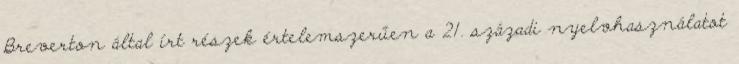
Breverton által írt részek értelemszerűen a 21. századi nyelvhasználatot